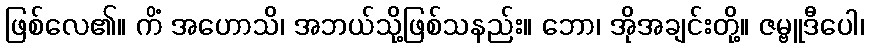
ဖြစ်လေ၏။ ကိံ အဟောသိ၊ အဘယ်သို့ဖြစ်သနည်း။ ဘော၊ အိုအချင်းတို့။ ဇမ္ဗူဒီပေါ၊